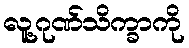
လူ့ဂုဏ်သိက္ခာကို